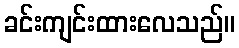
ခင်းကျင်းထားလေသည်။